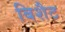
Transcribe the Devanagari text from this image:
बिशैट